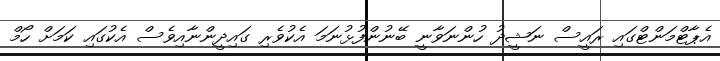
އެޕާޓްމަންޓްގައި ރައީސް ނަޝީދު ހުންނަވާނީ ބޭނުންފުޅުނަމަ އެކުވެރި ގައިދީންނާއިވެސް އެކުގައި ކަމަށް ހޯމް